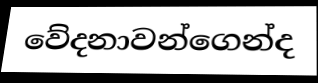
වේදනාවන්ගෙන්ද